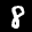
Label: 8